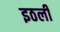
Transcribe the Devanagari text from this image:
इठली